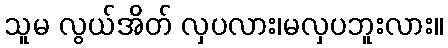
သူမ လွယ်အိတ် လှပလား၊မလှပဘူးလား။